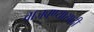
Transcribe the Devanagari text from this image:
वाजवण्यासाठी